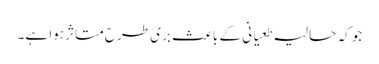
جو کہ حالیہ طعیانی کے باعث بری طرح متاثر ہوا ہے۔